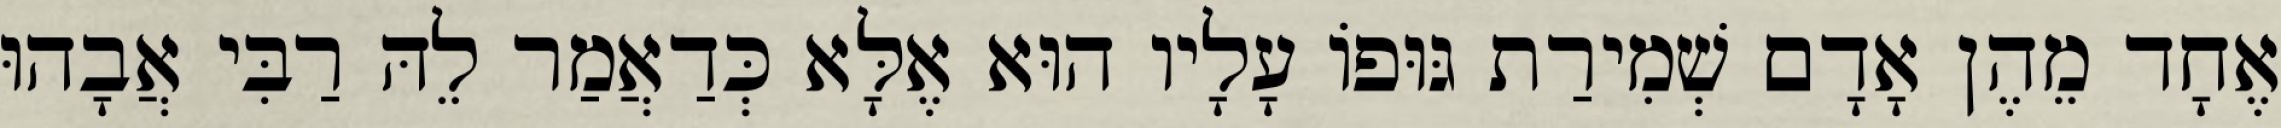
אֶחָד מֵהֶן אָדָם שְׁמִירַת גּוּפוֹ עָלָיו הוּא אֶלָּא כְּדַאֲמַר לֵהּ רַבִּי אֲבָהוּ